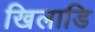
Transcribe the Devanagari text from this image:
खिलाडि